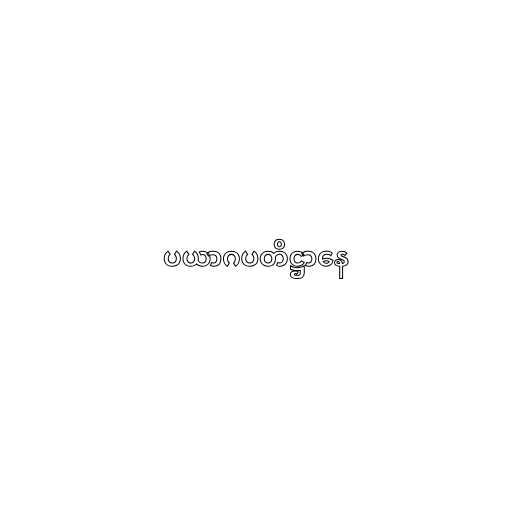
ပယာဂပတိဋ္ဌာနေ